Report on the working of the mental hospitals for Indians in Bihar and Orissa - 1925-1929
Year: 1925
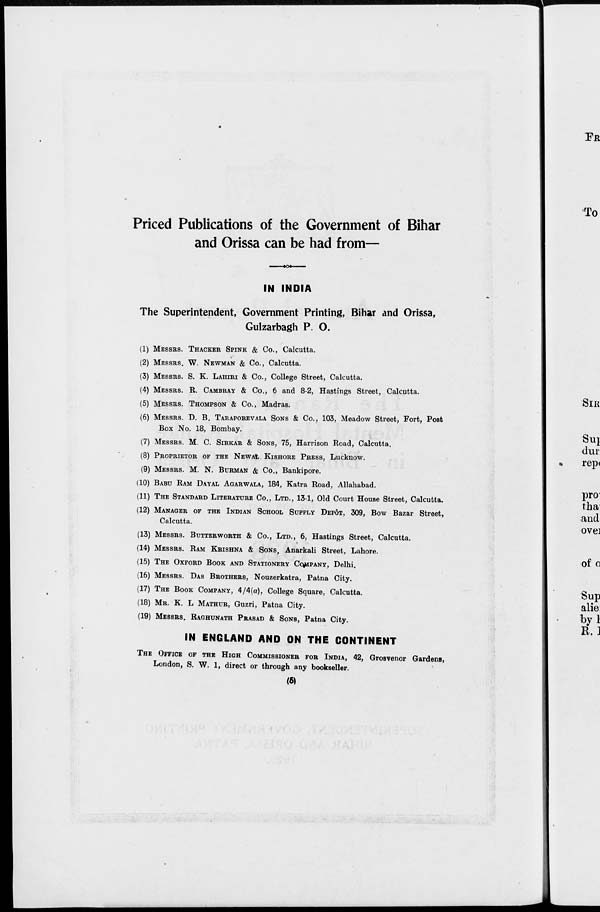
Priced Publications of the Government of Bihar
and Orissa can be had from—
IN INDIA
The Superintendent, Government Printing, Bihar and Orissa,
Gulzarbagh P. O.
(1) MESSRS. THACKER SPINK & Co., Calcutta.
(2) MESSRS. W. NEWMAN & Co., Calcutta.
(3) MESSRS. S. K. LAHIRI & Co., College Street, Calcutta.
(4) MESSRS. R. CAMBRAY & Co., 6 and 8-2, Hastings Street, Calcutta.
(5) MESSRS. THOMPSON & Co., Madras.
(6) MESSRS. D. B. TARAPOREVALA SONS & Co., 103, Meadow Street, Fort, Post
Box No. 18, Bombay.
(7) MESSRS. M. C. SIRKAR & SONS, 75, Harrison Road, Calcutta.
(8) PROPRIETOR OF THE NEWAL KISHORE PRESS, Lucknow.
(9) MESSRS. M. N. BURMAN & Co., Bankipore.
(10) BABU RAM DAYAL AGARWALA, 184, Katra Road, Allahabad.
(11) THE STANDARD LITERATURE Co., LTD., 13-1, Old Court House Street, Calcutta.
(12) MANAGER OF THE INDIAN SCHOOL SUPPLY DEPÔT, 309, Bow Bazar Street,
Calcutta.
(13) MESSRS. BUTTERWORTH & Co., LTD., 6, Hastings Street, Calcutta.
(14) MESSRS. RAM KRISHNA & SONS, Anarkali Street, Lahore.
(15) THE OXFORD BOOK AND STATIONERY COMPANY, Delhi.
(16) MESSRS. DAS BROTHERS, Nouzerkatra, Patna City.
(17) THE BOOK COMPANY, 4/4(a), College Square, Calcutta.
(18) MR. K. L. MATHUR, Guzri, Patna City.
(19) MESSRS. RAGHUNATH PRASAD & SONS, Patna City.
IN ENGLAND AND ON THE CONTINENT
THE OFFICE OF THE HIGH COMMISSIONER FOR INDIA, 42, Grosvenor Gardens,
London, S. W. 1, direct or through any bookseller.
(5)